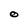
Character: O